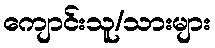
ကျောင်းသူ/သားများ